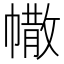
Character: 𢄻